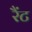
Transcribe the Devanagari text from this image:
रैंट